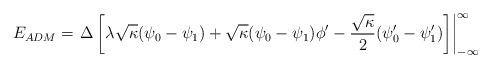
LaTeX: \begin{align*}E_{ADM}=\left.{\Delta}\left[{\lambda}\sqrt{\kappa}({\psi}_0-{\psi}_1) +\sqrt{\kappa} ({\psi}_0-{\psi}_1){\phi}^{\prime}-\frac{\sqrt{\kappa}}{2}({\psi}_0 ^{\prime}-{\psi}_1^{\prime})\right]\right|^{\infty}_{-\infty}\end{align*}